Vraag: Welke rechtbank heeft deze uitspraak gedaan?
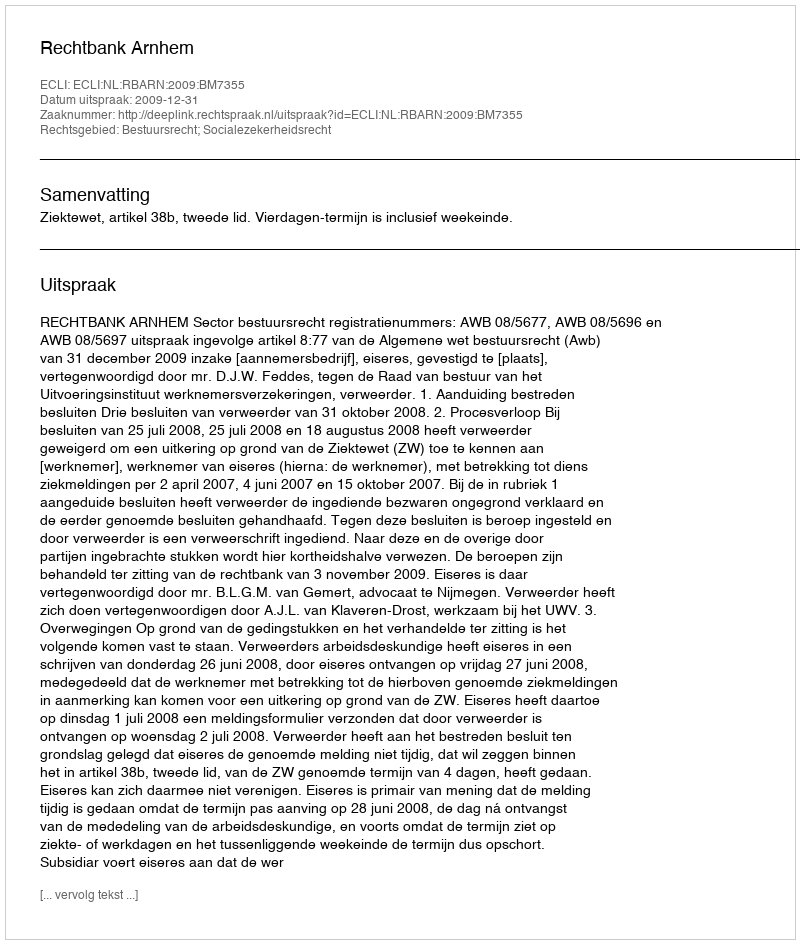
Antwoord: Rechtbank Arnhem